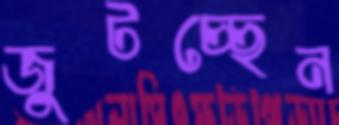
জুটচ্ছেন